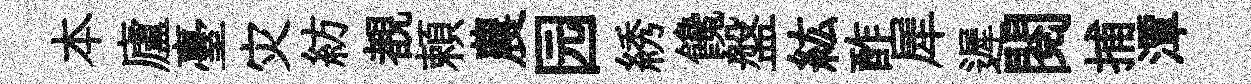
本廬臺灾紡覩頼農园綉饞盤紘酢犀遲閲捕潭